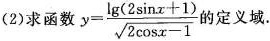
(2)求函数$$y=\frac{ \lg (2 \sin x+1)}{ \sqrt{2 \cos x-1}}$$的定义域.